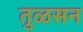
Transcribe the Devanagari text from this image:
तुळसन